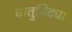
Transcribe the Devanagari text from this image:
धातुविद्या